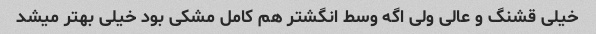
خیلی قشنگ و عالی ولی اگه وسط انگشتر هم کامل مشکی بود خیلی بهتر میشد